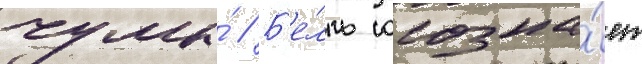
чумы́ // Б'е́лль осозна́ет